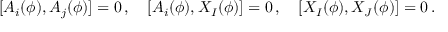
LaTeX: [ A _ { i } ( \phi ) , A _ { j } ( \phi ) ] = 0 \, , \quad [ A _ { i } ( \phi ) , X _ { I } ( \phi ) ] = 0 \, , \quad [ X _ { I } ( \phi ) , X _ { J } ( \phi ) ] = 0 \, .